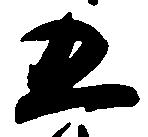
五